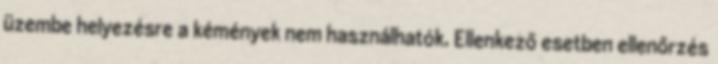
üzembe helyezésre a kémények nem használhatók. Ellenkező esetben ellenőrzés